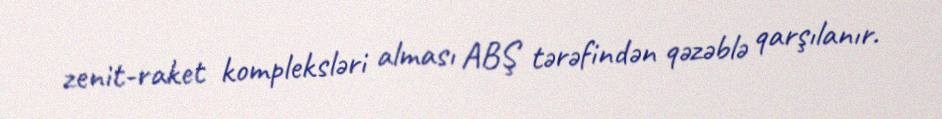
zenit-raket kompleksləri alması ABŞ tərəfindən qəzəblə qarşılanır.